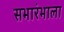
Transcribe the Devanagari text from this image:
सभारंभाला